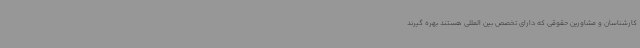
کارشناسان و مشاورین حقوقی که دارای تخصص بین المللی هستند بهره گیرند